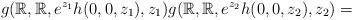
LaTeX: \begin{align*} g(\mathbb R, \mathbb R, e^{z_1} h(0,0,z_1), z_1) g(\mathbb R , \mathbb R, e^{z_2} h(0,0,z_2), z_2)= \end{align*}